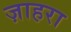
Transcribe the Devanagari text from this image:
ज़ाहरा